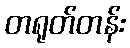
တရုတ်တန်း